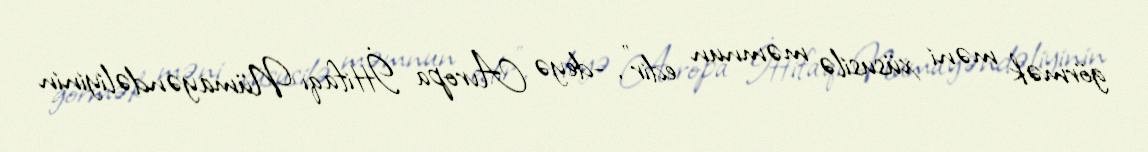
görmək məni xüsusilə məmnun edir”, -deyə Avropa İttifaqı Nümayəndəliyinin